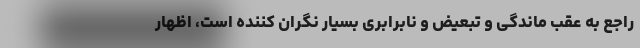
راجع به عقب ماندگی و تبعیض و نابرابری بسیار نگران کننده است، اظهار